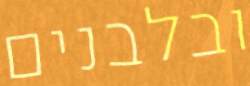
ובלבנים